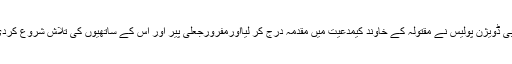
تھانہ بی ڈویژن پولیس نے مقتولہ کے خاوند کیمدعیت میں مقدمہ درج کر لیااورمفرورجعلی پیر اور اس کے ساتھیوں کی تلاش شروع کردی ہے۔